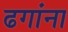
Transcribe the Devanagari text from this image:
ढगांना